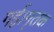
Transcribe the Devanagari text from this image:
गई।मृतक